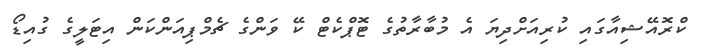
ކްރޮއޭޝިއާގައި ކުރިއަށްދިޔަ އެ މުބާރާތުގެ ޓޮޕްކެޓް ކޭ ވަންގެ ޗެމްޕިއަންކަން އިޓަލީގެ ގުއިޑޯ